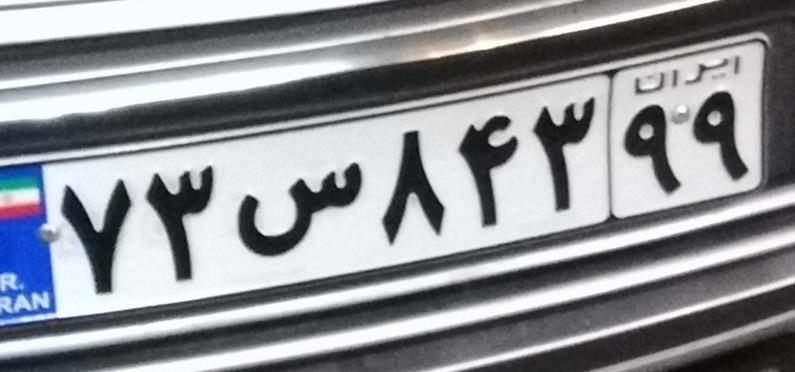
۷۳س۸۴۳۹۹